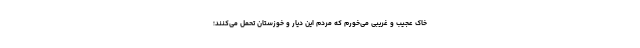
خاک عجیب و غریبی می‌خورم که مردم این دیار و خوزستان تحمل می‌کنند؛